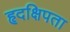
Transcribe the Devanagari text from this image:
हृदक्षिपता